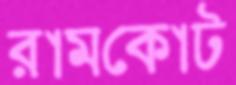
রামকোট